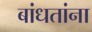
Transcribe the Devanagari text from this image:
बांधतांना